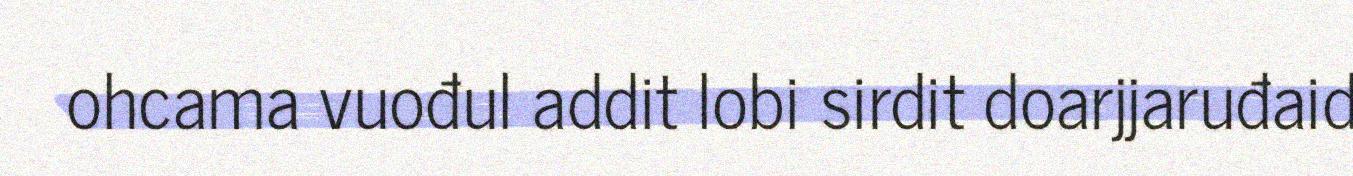
ohcama vuođul addit lobi sirdit doarjjaruđaid